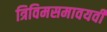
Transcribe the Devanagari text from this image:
त्रिविमसमावयवी